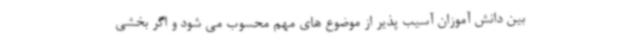
بین دانش آموزان آسیب پذیر از موضوع های مهم محسوب می شود و اگر بخشی